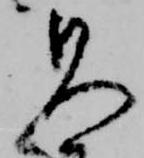
見